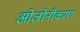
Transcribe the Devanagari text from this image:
ओज़ोनीकरण